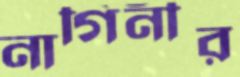
নাগিনীর